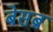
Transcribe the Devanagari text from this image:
बेसब्र